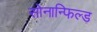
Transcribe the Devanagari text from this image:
सोनान्फिल्ड